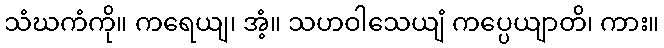
သံဃကံကို။ ကရေယျ၊ အံ့။ သဟဝါသေယျံ ကပ္ပေယျာတိ၊ ကား။